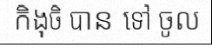
កិងុចិ បាន ទៅ ចូល